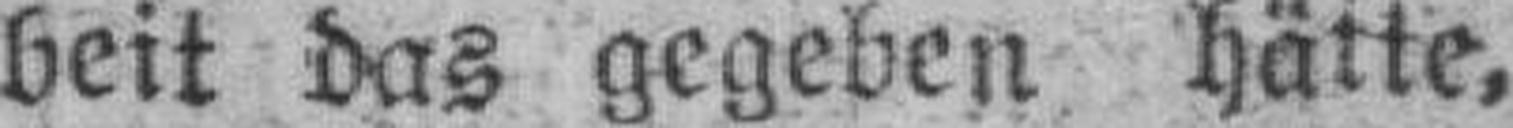
beit das gegeben hätte,